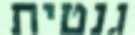
גנטית